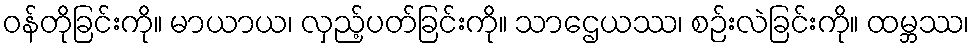
ဝန်တိုခြင်းကို။ မာယာယ၊ လှည့်ပတ်ခြင်းကို။ သာဌေယဿ၊ စဉ်းလဲခြင်းကို။ ထမ္ဘဿ၊